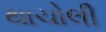
થાચોલી